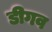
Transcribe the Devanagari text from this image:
डीगव